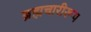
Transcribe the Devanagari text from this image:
ब्रह्मचारीरूप